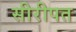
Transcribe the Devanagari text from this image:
सीरीपत